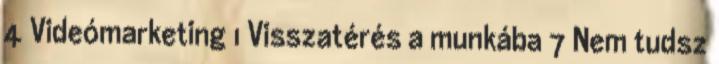
4 Videómarketing 1 Visszatérés a munkába 7 Nem tudsz